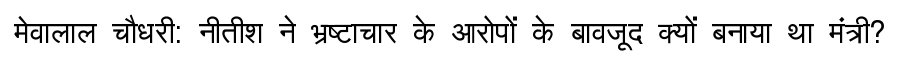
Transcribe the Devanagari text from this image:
मेवालाल चौधरी: नीतीश ने भ्रष्टाचार के आरोपों के बावजूद क्यों बनाया था मंत्री?